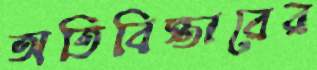
অতিবিস্তারের